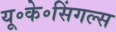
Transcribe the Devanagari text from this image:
यू॰के॰सिंगल्स